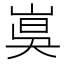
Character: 𡸦